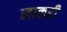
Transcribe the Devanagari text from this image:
लाकड़ी